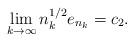
LaTeX: \begin{align*}\lim_{k \rightarrow \infty} n_k^{1/2} e_{n_k} =c_2.\end{align*}